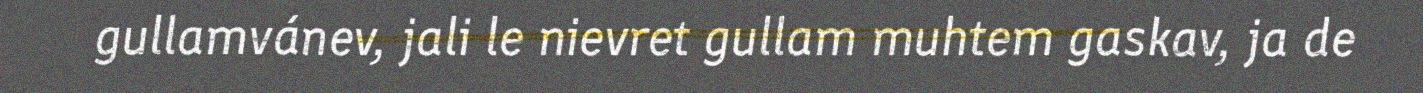
gullamvánev, jali le nievret gullam muhtem gaskav, ja de